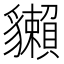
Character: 𧴡